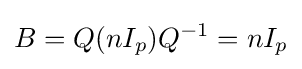
B=Q(nI_{p})Q^{-1}=nI_{p}